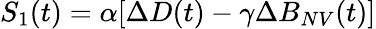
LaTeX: S_{1}(t)=\alpha[\Delta D(t)-\gamma\Delta B_{NV}(t)]